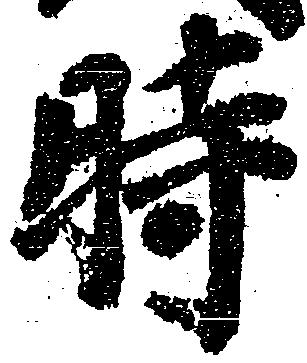
時